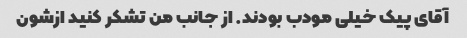
آقای پیک خیلی مودب بودند. از جانب من تشکر کنید ازشون